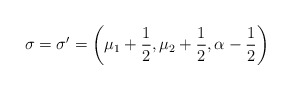
\begin{align*}\sigma=\sigma'=\bigg(\mu_1+\frac{1}{2}, \mu_2+\frac{1}{2}, \alpha-\frac{1}{2}\bigg)\end{align*}